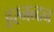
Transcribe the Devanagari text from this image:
हरनन्दन